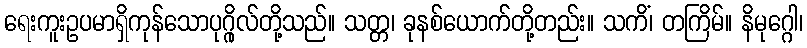
ရေးကူးဥပမာရှိကုန်သောပုဂ္ဂိုလ်တို့သည်။ သတ္တ၊ ခုနစ်ယောက်တို့တည်း။ သကိံ၊ တကြိမ်။ နိမုဂ္ဂေါ၊